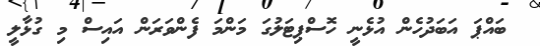
ބައްޕަ އަބަދުހެން އުޅެނީ ހޮސްޕިޓަލުގަ މަންމަ ފެންވަރަން އައިސް މި ގުޅާލީ